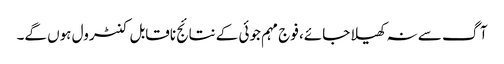
آگ سے نہ کھیلا جائے، فوج مہم جوئی کے نتائج ناقابل کنٹرول ہوں گے۔